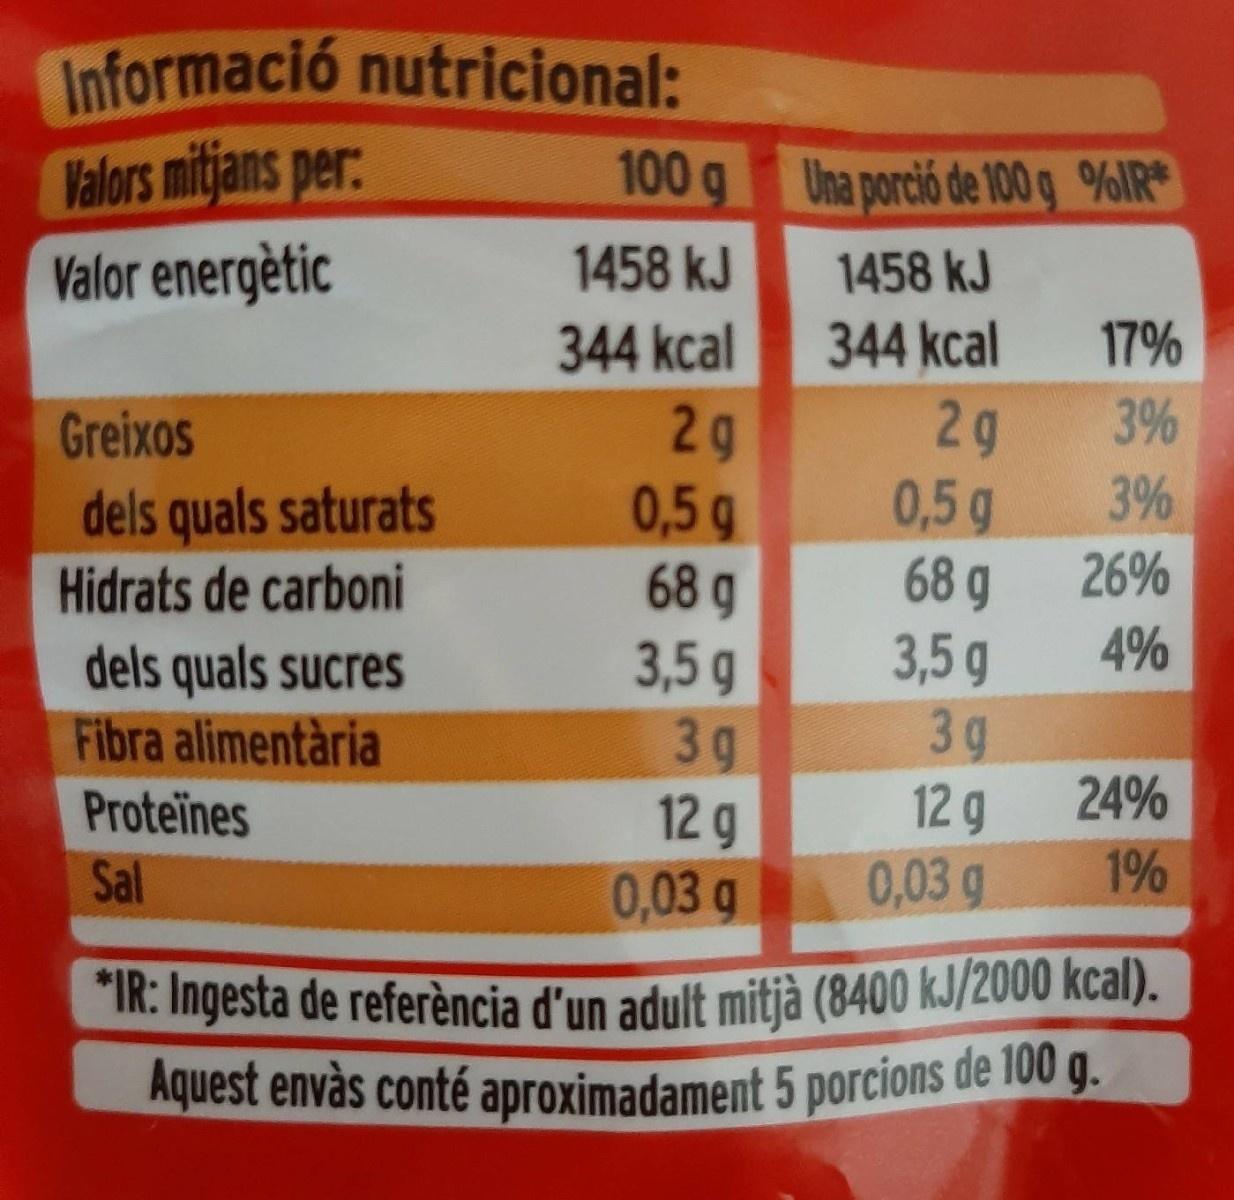
Informació nutricional: Valors mitjans per: Valor energètic
100 g Una porció de 100 g %IR
1458 kJ
1458 kJ
344 kcal
344 kcal
17%
3%
2g 0,5g 68 g
2 g 0,5g
Greixos
dels quals saturats Hidrats de carboni
3% 26%
68 g 3,5 g 3 g 24%
4%
3,5 g 3g 12 g 0,03 g
dels quals sucres Fibra alimentària
12 g 0,03 g
Proteïnes
Sal
1%
*IR: Ingesta de referència d'un adult mitjà (8400 kJ/2000 kcal).
Aquest envàs conté aproximadament 5 porcions de 100 g.